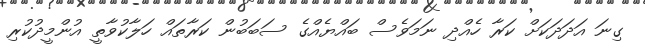
ގިނަ އަދަދަކަށް ކަރާ ހެއްދި ނަމަވެސް ބައްޔެއްގެ ސަބަބުން ކަރާތައް ހަލާކުވާތީ އުންމީދުކުރި